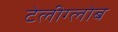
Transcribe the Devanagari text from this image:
टेलीग्लोब